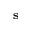
\mathbf { s }